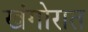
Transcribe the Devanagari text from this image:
खंगोरात